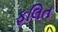
ફલિત